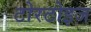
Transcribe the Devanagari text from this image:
टोरटोइज